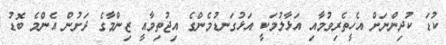
ކުޑަ ކުދިންނަށް އެހީތެރިވުމާއި އަޅާލުމަކީ އަޅުގަނޑުމެންގެ އިޖުތިމާއީ ޒިންމާގެ ދަށުން އެންމެ ބޮޑު